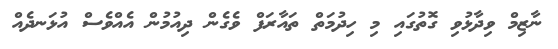
ނާޒިމް ވިދާޅުވި ގޮތުގައި މި ހިދުމަތް ތައާރަފް ވެގެން ދިއުމުން އެއްވެސް އުޅަނދެއް